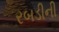
રબડીની